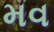
મવ